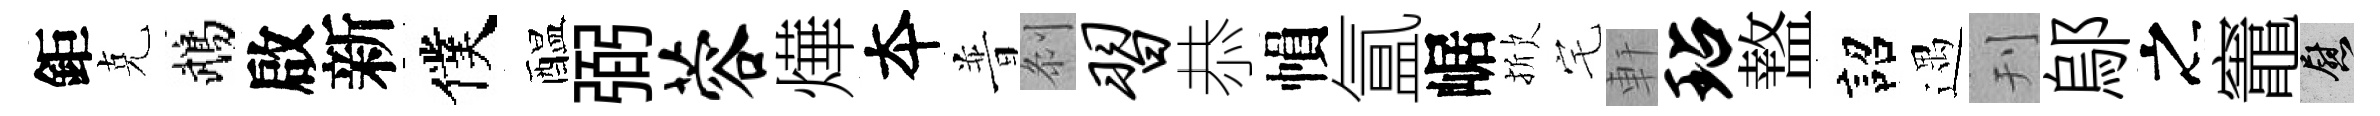
鉅克鵡啟新僕醖弼蓉燁夲普𠛴习恭𢄙氲崌掀宅軒玷盩詔遇刊鄔之竈慰